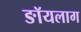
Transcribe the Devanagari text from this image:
ङॉयलाग